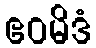
ဧဝမိဒံ